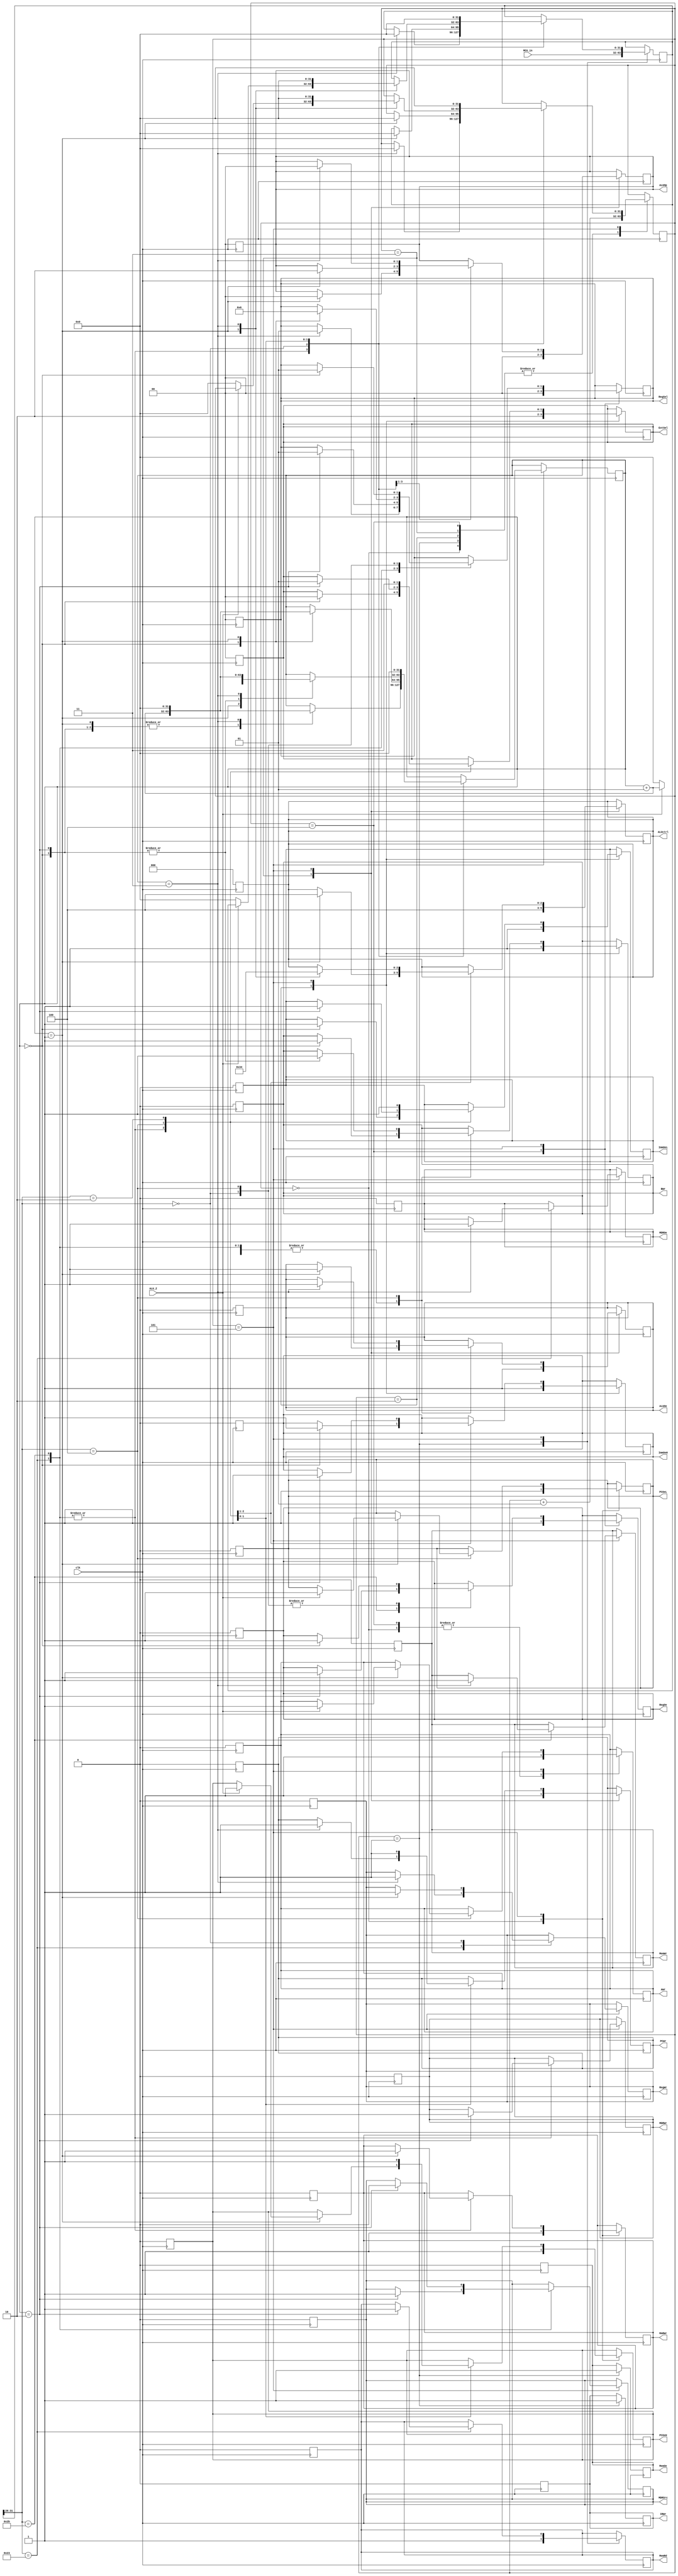
module MCU(
    input clk,
    input [31:0] MCU_in,
    input ALU_Z,
    output reg PCOeH,
    output reg PCOeL,
    output reg PCWr,
    output reg IRWr,
    output reg ImmOeH,
    output reg ImmOeL,
    output reg [1:0] ExtSel,
    output reg [1:0] ALUOp,
    output reg [2:0] ALUctrl,
    output reg AWr,
    output reg BWr,
    output reg ALUOe,
    output reg RegOe,
    output reg RegWr,
    output reg [1:0] RegSel,
    output reg MARWr,
    output reg MemRd,
    output reg MemWr,
    output reg MDRSrc,
    output reg MDROe,
    output reg MDRWr,
    output reg MemOe);
    
    integer j=0;
    integer ex=0;
    reg [31:0] MCU_type;

always@(posedge clk)begin
    case(j)
        0:begin
            PCOeH=1;
            PCOeL=1;
            MARWr=1;
            AWr=1;
            j=j+1;
        end
        1:begin
            MemRd=1;
            MemOe=1;
            IRWr=1;
            j=j+1;
            #2 MCU_type=MCU_in;
        end
        2:begin
            ExtSel=2'b10;
            ImmOeH=1;
            ImmOeL=1;
            BWr=1;
            j=j+1;
        end
        3:begin
            ALUOp=2'b00;
            ALUctrl=3'b100;
            ALUOe=1;
            PCWr=1;
            j=j+1;
        end
        4:begin
            RegSel=00;
            RegOe=1;
            AWr=1;
            j=j+1;
        end
        5:begin
            case(MCU_type[31:26])
                6'b100011:begin
                    case(ex)
                        0:begin
                            ExtSel=2'b00;
                            ImmOeH=1;
                            ImmOeL=1;
                            BWr=1;
                            ex=ex+1;
                        end
                        1:begin
                            ALUOp=2'b00;
                            ALUctrl=3'b100;
                            ALUOe=1;
                            MARWr=1;
                            ex=ex+1;
                        end
                        2:begin
                            MemRd=1;
                            MDRSrc=1;
                            MDRWr=1;
                            ex=ex+1;
                        end
                        3:begin
                            MDROe=1;
                            RegSel=2'b01;
                            RegWr=1;
                            ex=0;
                            MCU_type=0;
                            j=0;
                        end
                    endcase
                end
                6'b101011:begin
                    case(ex)
                        0:begin
                            ExtSel=2'b00;
                            ImmOeH=1;
                            ImmOeL=1;
                            BWr=1;
                            ex=ex+1;
                        end
                        1:begin
                            ALUOp=2'b00;
                            ALUctrl=3'b100;
                            ALUOe=1;
                            MARWr=1;
                            ex=ex+1;
                        end
                        2:begin
                            RegSel=2'b01;
                            RegOe=1;
                            MDRSrc=0;
                            MDRWr=1;
                            ex=ex+1;
                        end
                        3:begin
                            MemWr=1;
                            ex=0;
                            MCU_type=0;
                            j=0;
                        end
                    endcase
                end
                6'b000000:begin
                    case(ex)
                        0:begin
                            RegSel=2'b01;
                            RegOe=1;
                            BWr=1;
                            ex=ex+1;
                        end
                        1:begin
                            ALUOp=2'b10;
                            ALUOe=1;
                            RegSel=2'b10;
                            RegWr=1;
                            ex=0;
                            MCU_type=0;
                            j=0;
                        end
                    endcase
                end
                6'b000100:begin
                    case(ex)
                        0:begin
                            RegSel=2'b01;
                            RegOe=1;
                            BWr=1;
                            ex=ex+1;
                        end
                        1:begin
                            // ALUOp=2'b01;
                            ALUctrl=3'b110;
                            if(ALU_Z==0)begin
                                ex=0;
                                MCU_type=0;
                                j=0;
                            end
                            else begin
                                PCOeH=1;
                                PCOeL=1;
                                AWr=1;
                                ex=ex+1;
                            end
                        end
                        2:begin
                            ExtSel=2'b01;
                            ImmOeH=1;
                            ImmOeL=1;
                            BWr=1;
                            ex=ex+1;
                        end
                        3:begin
                            ALUOp=2'b00;
                            ALUctrl=3'b100;
                            ALUOe=1;
                            PCWr=1;
                            ex=0;
                            MCU_type=0;
                            j=0;
                        end
                    endcase
                end
                6'b000010:begin
                    PCOeH=1;
                    ExtSel=2'b11;
                    ImmOeL=1;
                    PCWr=1;
                    ex=0;
                    MCU_type=0;
                    j=0;
                end
            endcase
        end
    endcase
end

always@(negedge clk)begin
    PCOeH=0;
    PCOeL=0;
    PCWr=0;
    IRWr=0;
    ImmOeH=0;
    ImmOeL=0;
    ExtSel=0;
    ALUOp=0;
    ALUctrl=0;
    AWr=0;
    BWr=0;
    ALUOe=0;
    RegOe=0;
    RegWr=0;
    RegSel=0;
    MARWr=0;
    MemRd=0;
    MemWr=0;
    MDRSrc=0;
    MDROe=0;
    MDRWr=0;
    MemOe=0;
end
endmodule